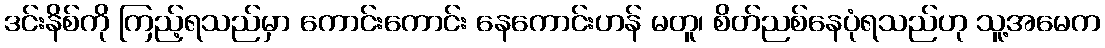
ဒင်းနိစ်ကို ကြည့်ရသည်မှာ ကောင်းကောင်း နေကောင်းဟန် မတူ၊ စိတ်ညစ်နေပုံရသည်ဟု သူ့အမေက